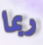
ربما